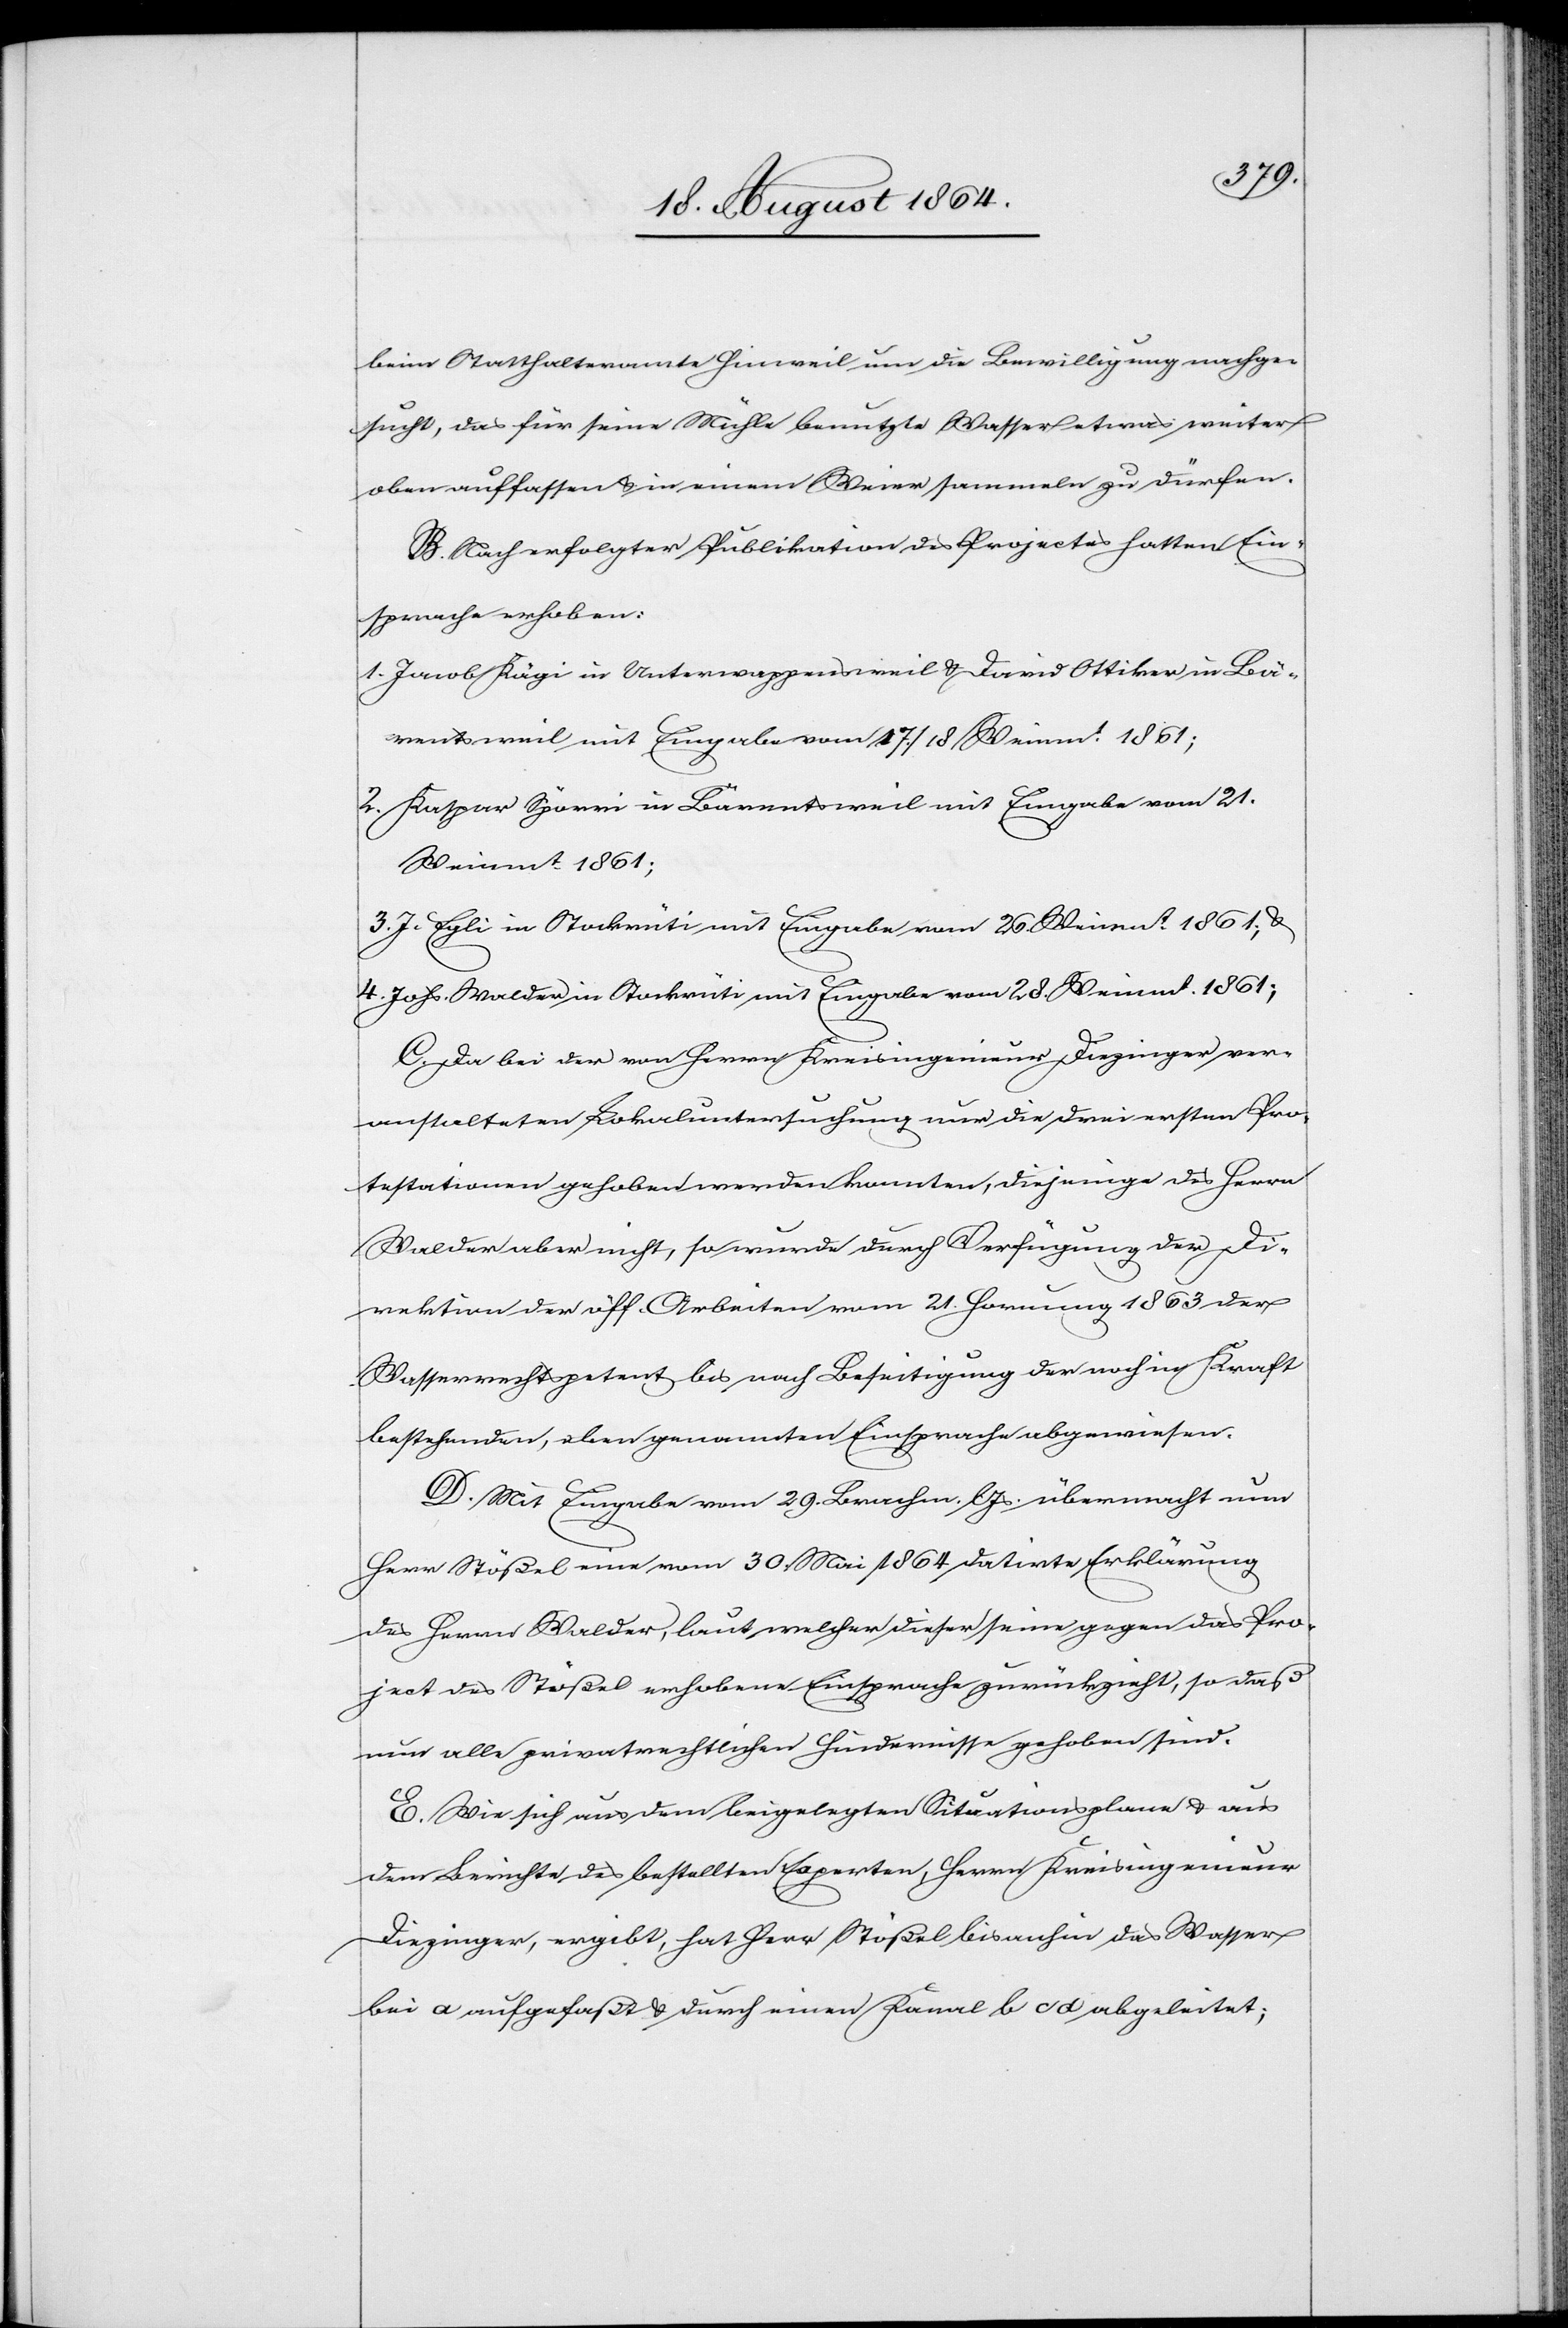
beim Statthalteramte Hinweil um die Bewilligung nachge¬
sucht, das für seine Mühle benutzte Wasserrecht etwas weiter
oben auffassen & in einem Weier sammeln zu dürfen.
B. Nach erfolgter Publikation des Projectes hatten Ein¬
sprache erhoben:
1.	Jacob Kägi in Unterwappensweil & David Ottiker in Bä¬
rentsweil mit Eingabe vom 17./18. Weinm. 1861;
2. 	Kaspar Spörri in Bärentsweil mit Eingabe vom 21.
Weinmt. 1861;
3.	J. Egli in Stockrüti mit Eingabe vom 26. Weinmt. 1861 &
4. 	Johs. Walder in Stockrüti mit Eingabe vom 28. Weinmt. 1861;
C. Da bei der von Herrn Kreisingenieur Diezinger ver¬
anstalteten Lokaluntersuchung nur die drei ersten Pro¬
testationen gehoben werden konnten, diejenige des Herrn
Walder aber nicht, so wurde durch Verfügung der Di¬
rektion der öff. Arbeiten vom 21. Hornung 1863 der
Wasserrechtspetent bis nach Beseitigung der noch in Kraft
bestehenden, oben genannten Einsprache abgewiesen.
D. Mit Eingabe vom 29. Brachm. l. Js. übermacht nun
Herr Stößel eine vom 30. Mai 1864 datirte Erklärung
des Herrn Walder, laut welcher dieser seine gegen das Pro¬
ject des Stößel erhobene Einsprache zurückzieht, so daß
nun alle privatrechtlichen Hindernisse gehoben sind.
E. Wie sich aus dem beigelegten Situationsplane & aus
dem Berichte des bestellten Experten, Herrn Kreisingenieur
Diezinger, ergibt, hat Herr Stößel bis anhin das Wasser
bei a aufgefaßt & durch einen Kanal b c d abgeleitet;